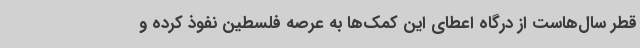
قطر سال‌هاست از درگاه اعطای این کمک‌ها به عرصه فلسطین نفوذ کرده و